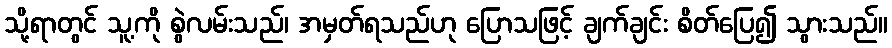
သို့ရာတွင် သူ့ကို စွဲလမ်းသည်၊ အမှတ်ရသည်ဟု ပြောသဖြင့် ချက်ချင်း စိတ်ပြေ၍ သွားသည်။